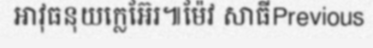
អាវុធនុយក្លេអ៊ែរ៕ម៉ែវ សាធីPrevious